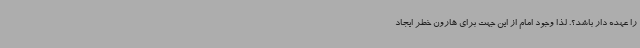
را عهده دار باشد؟. لذا وجود امام از این جهت برای هارون خطر ایجاد